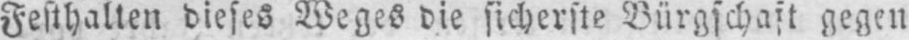
Festhalten dieses Weges die sicherste Bürgschaft gegen